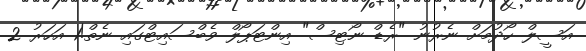
އަސީލް ހޯދުމަށް ނެރުނު "ރެޑް ނޯޓިސް" އިންޓަޕޯލް ވެބްސައިޓްގައި ނެތް!1 އަހަރު 2